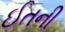
ઈતની